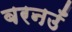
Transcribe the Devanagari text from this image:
बरनउँ